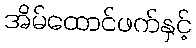
အိမ်ထောင်ဖက်နှင့်